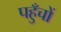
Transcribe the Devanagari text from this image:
पहुँचों